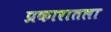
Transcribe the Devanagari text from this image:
प्रकारातला